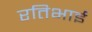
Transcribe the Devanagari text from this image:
रतिभाई